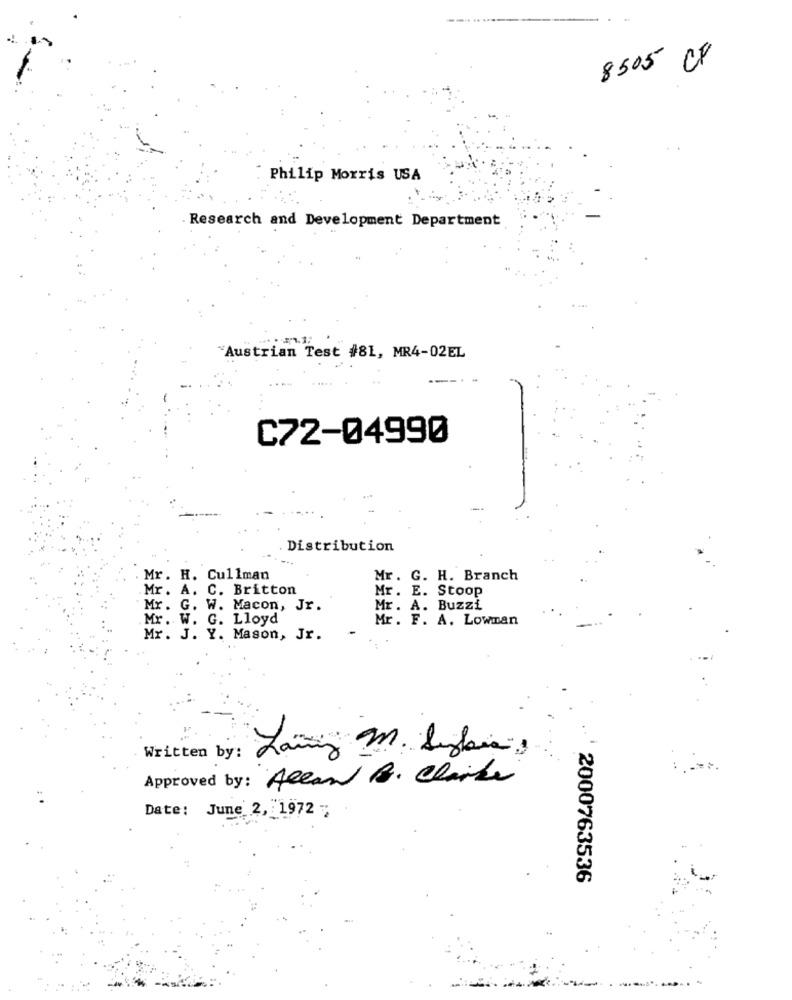
8505 CF
Philip Morris USA
Research and Development Department
"Austrian Test #81, MR4-02EL
C72-04990
Distribution
Mr. H. Cullman
Mr. G. H. Branch
Mr. A. C. Britton
Mr. E. Stoop
Mr. G. W. Macon, Jr.
Mr. A. Buzzi
Mr. W. G. Lloyd
Mr. F. A. Lowman
Mr. J. Y. Mason, Jr.
Written by:
Lang M. Sylia,
Approved by: Allan B. Clarke
Date: June 2, 1972 ;
2000763536